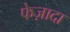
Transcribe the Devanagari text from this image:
फेज़ादा